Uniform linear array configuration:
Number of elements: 64
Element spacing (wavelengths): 0.75
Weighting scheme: exponential
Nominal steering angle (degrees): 30
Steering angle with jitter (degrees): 31.736
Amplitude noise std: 0.05
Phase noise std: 0.05

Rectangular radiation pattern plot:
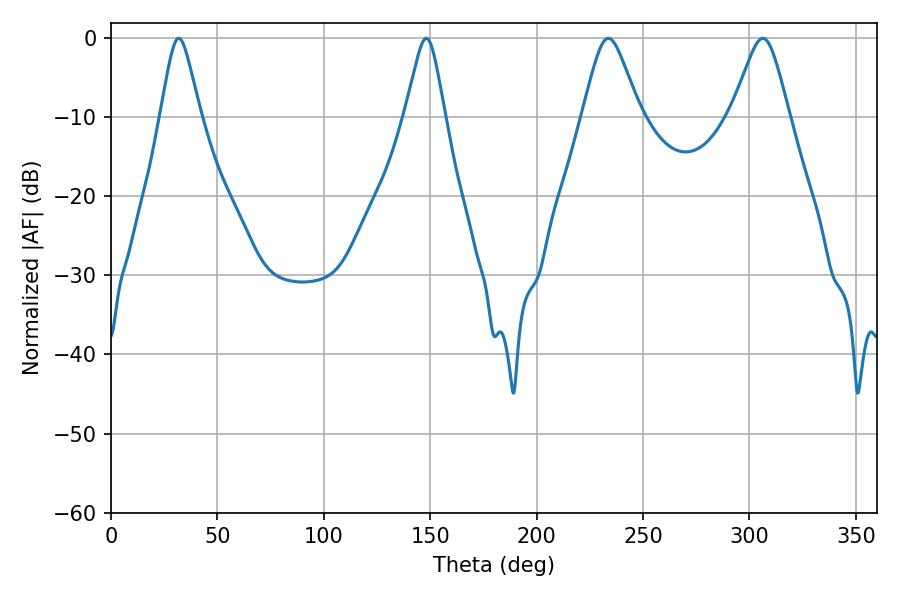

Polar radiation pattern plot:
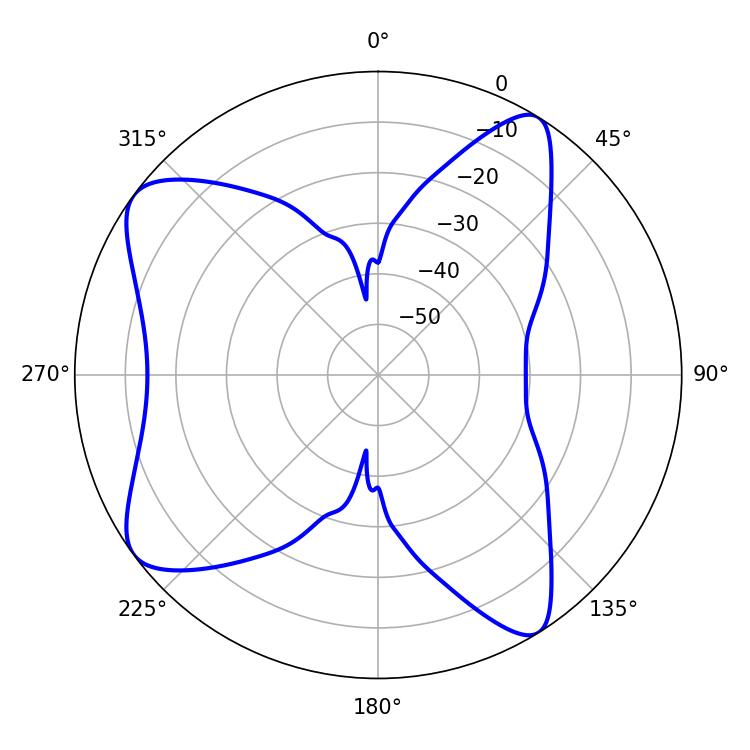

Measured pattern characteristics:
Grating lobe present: TRUE
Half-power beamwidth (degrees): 9
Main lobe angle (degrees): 31.86